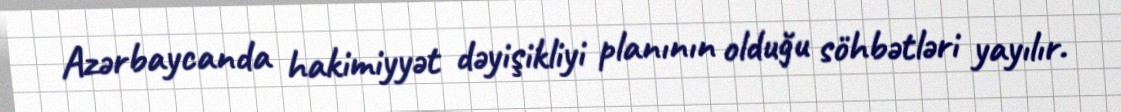
Azərbaycanda hakimiyyət dəyişikliyi planının olduğu söhbətləri yayılır.